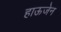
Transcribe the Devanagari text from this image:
हाऊजेन